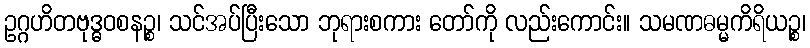
ဥဂ္ဂဟိတဗုဒ္ဓဝစနဉ္စ၊ သင်အပ်ပြီးသော ဘုရားစကား တော်ကို လည်းကောင်း။ သမဏဓမ္မကိရိယဉ္စ၊